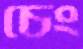
চেং